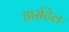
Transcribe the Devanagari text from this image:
हार्सटेल